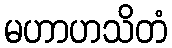
မဟာဟသိတံ